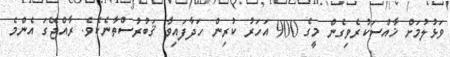
ވަޅުލުމަށް ޚާއްސަކުރެވިގެން މީގެ 900 އަހަރު ކުރިން ހަދާފައިވާ ޤަބުރުސްތާނެކެވެ. ރާއްޖޭގަ އެންމެ